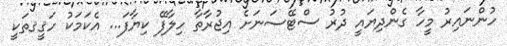
ހުންނައިރު މީހާ ގެންދިޔައީ ދުރު ސްޓޭސަނަށެ އިޖުރާތާ ހިލާފޭ ކިޔާފަ... އެކަމަކު ހަޤީޤތަކީ